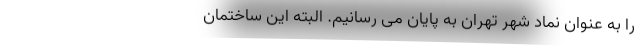
را به عنوان نماد شهر تهران به پایان می رسانیم. البته این ساختمان